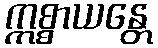
ဣစ္စာယန္တေ